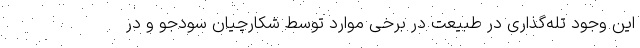
این وجود تله‌گذاری در طبیعت در برخی موارد توسط شکارچیان سودجو و در